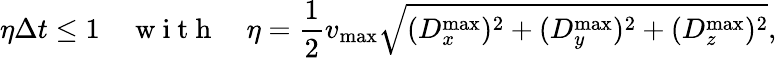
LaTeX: \eta\Delta t\leq 1\quad\mathrm{~w~i~t~h~}\quad\eta=\frac{1}{2}v_{\operatorname*{max}}\sqrt{(D_{x}^{\operatorname*{max}})^{2}+(D_{y}^{\operatorname*{max}})^{2}+(D_{z}^{\operatorname*{max}})^{2}},